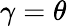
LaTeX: \gamma=\theta